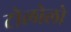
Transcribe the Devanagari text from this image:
टोलोलो